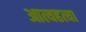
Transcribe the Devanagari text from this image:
आत्यहत्या